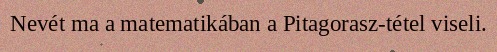
Nevét ma a matematikában a Pitagorasz-tétel viseli.